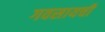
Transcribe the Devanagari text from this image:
गवसायची